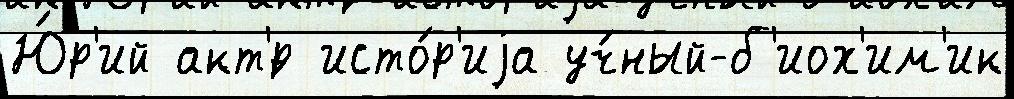
Ю́р'ий акт'́р исто́р'иjа уч́ный-б'иох'им'ик